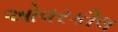
ઓવરકીલ